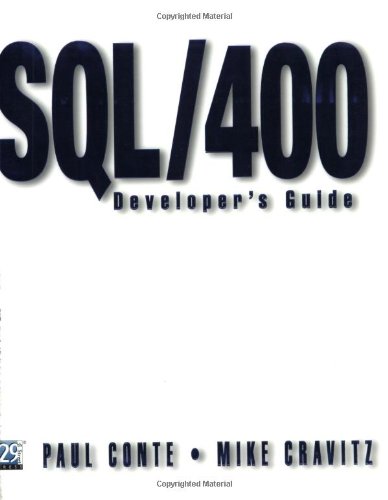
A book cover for SQL/400 Developer's Guide (Vol 2); Mike Cravitz; Computers & Technology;